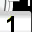
Digit: 1